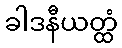
ခါဒနီယတ္ထံ